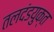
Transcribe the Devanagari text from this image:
तलदंडयुक्त